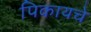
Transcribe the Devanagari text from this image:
पिकायचे